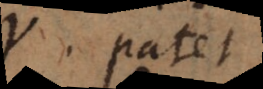
q. Patet